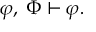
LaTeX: \varphi , \; \Phi \vdash \varphi .